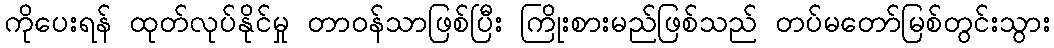
ကိုပေးရန် ထုတ်လုပ်နိုင်မှု တာဝန်သာဖြစ်ပြီး ကြိုးစားမည်ဖြစ်သည် တပ်မတော်မြစ်တွင်းသွား